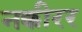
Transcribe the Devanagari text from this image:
नक्कीरर